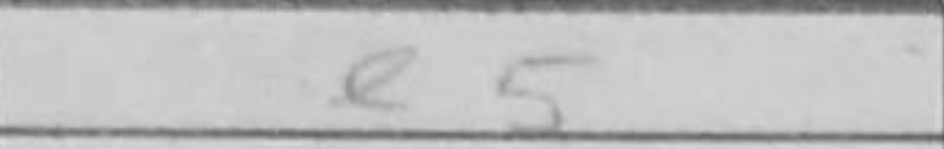
Transcription: e5